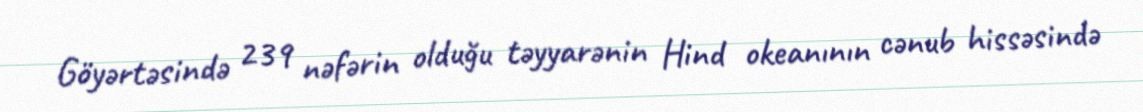
Göyərtəsində 239 nəfərin olduğu təyyarənin Hind okeanının cənub hissəsində